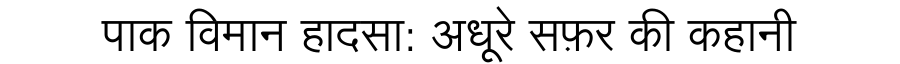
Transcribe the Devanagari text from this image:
पाक विमान हादसा: अधूरे सफ़र की कहानी